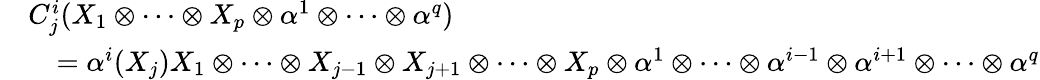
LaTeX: \begin{array}{rl}&{C_{j}^{i}(X_{1}\otimes\cdots\otimes X_{p}\otimes\alpha^{1}\otimes\cdots\otimes\alpha^{q})}\\ &{\quad=\alpha^{i}(X_{j})X_{1}\otimes\cdots\otimes X_{j-1}\otimes X_{j+1}\otimes\cdots\otimes X_{p}\otimes\alpha^{1}\otimes\cdots\otimes\alpha^{i-1}\otimes\alpha^{i+1}\otimes\cdots\otimes\alpha^{q}}\end{array}